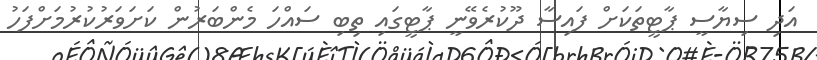
އަދި ސިޔާސީ ޕާޓީތަކަށް ފައިސާ ދޫކުރެވޭނީ ޕާޓީގައި ތިބި ސައްހަ މެންބަރުން ކަށަވަރުކުުރުމަށްފަހު